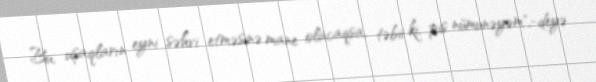
Bu, uşaqların eyni səhvi etməsinə mane olacaqsa, təbii ki, pis nümunəyəm",-deyə